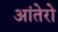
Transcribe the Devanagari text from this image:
आंतेरो